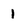
Character: 1